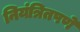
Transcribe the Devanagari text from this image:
नियंत्रितपणे